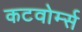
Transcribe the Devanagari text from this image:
कटवोर्म्स